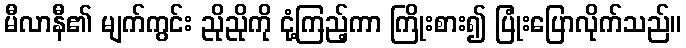
မီလာနီ၏ မျက်ကွင်း ညိုညိုကို ငုံ့ကြည့်ကာ ကြိုးစား၍ ပြုံးပြောလိုက်သည်။